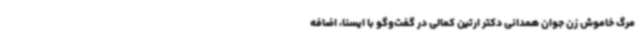
مرگ خاموش زن جوان همدانی دکتر ارتین کمالی در گفت‌وگو با ایسنا، اضافه